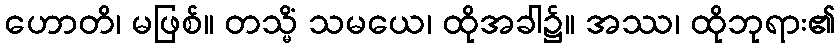
ဟောတိ၊ မဖြစ်။ တသ္မိံ သမယေ၊ ထိုအခါ၌။ အဿ၊ ထိုဘုရား၏